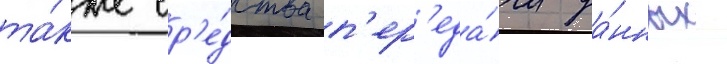
та́кже ср'е́дства п'ер'еда́чи да́нных